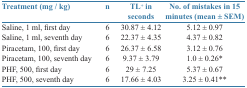
<table><thead><tr><td><b>Treatment (mg / kg)</b></td><td><b>n</b></td><td><b>TL+ in seconds</b></td><td><b>No. of mistakes in 15 minutes (mean ± SEM)</b></td></tr></thead><tbody><tr><td>Saline, 1 ml, first day</td><td>6</td><td>30.87 ± 4.12</td><td>5.12 ± 0.97</td></tr><tr><td>Saline, 1 ml, seventh day</td><td>6</td><td>22.37 ± 4.35</td><td>4.37 ± 0.82</td></tr><tr><td>Piracetam, 100, first day</td><td>6</td><td>26.37 ± 6.58</td><td>3.12 ± 0.76</td></tr><tr><td>Piracetam, 100, seventh day</td><td>6</td><td>9.37 ± 3.79</td><td>1.0 ± 0.26*</td></tr><tr><td>PHF, 500, first day</td><td>6</td><td>29 ± 7.25</td><td>5.37 ± 0.67</td></tr><tr><td>PHF, 500, seventh day</td><td>6</td><td>17.66 ± 4.03</td><td>3.25 ± 0.41**</td></tr></tbody></table>